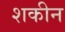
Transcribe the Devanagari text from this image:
शकीन